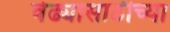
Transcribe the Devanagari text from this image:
वेढ्यासाठीच्या